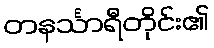
တနင်္သာရီတိုင်း၏